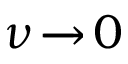
\nu \! \xrightarrow { } \! 0